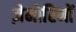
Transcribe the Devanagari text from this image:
ज़ेमोरिनों